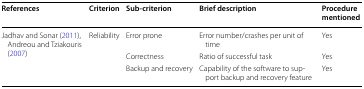
| References | Criterion | Sub-criterion | Brief description | Procedure mentioned |
 | --- | --- | --- | --- | --- |
 | <ROWSPAN=3> Jadhav and Sonar (2011), Andreou and Tziakouris (2007) | <ROWSPAN=3> Reliability | Error prone | Error number/crashes per unit of time | Yes |
 | Correctness | Ratio of successful task | Yes |
 | Backup and recovery | Capability of the software to support backup and recovery feature | Yes |